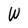
Character: W